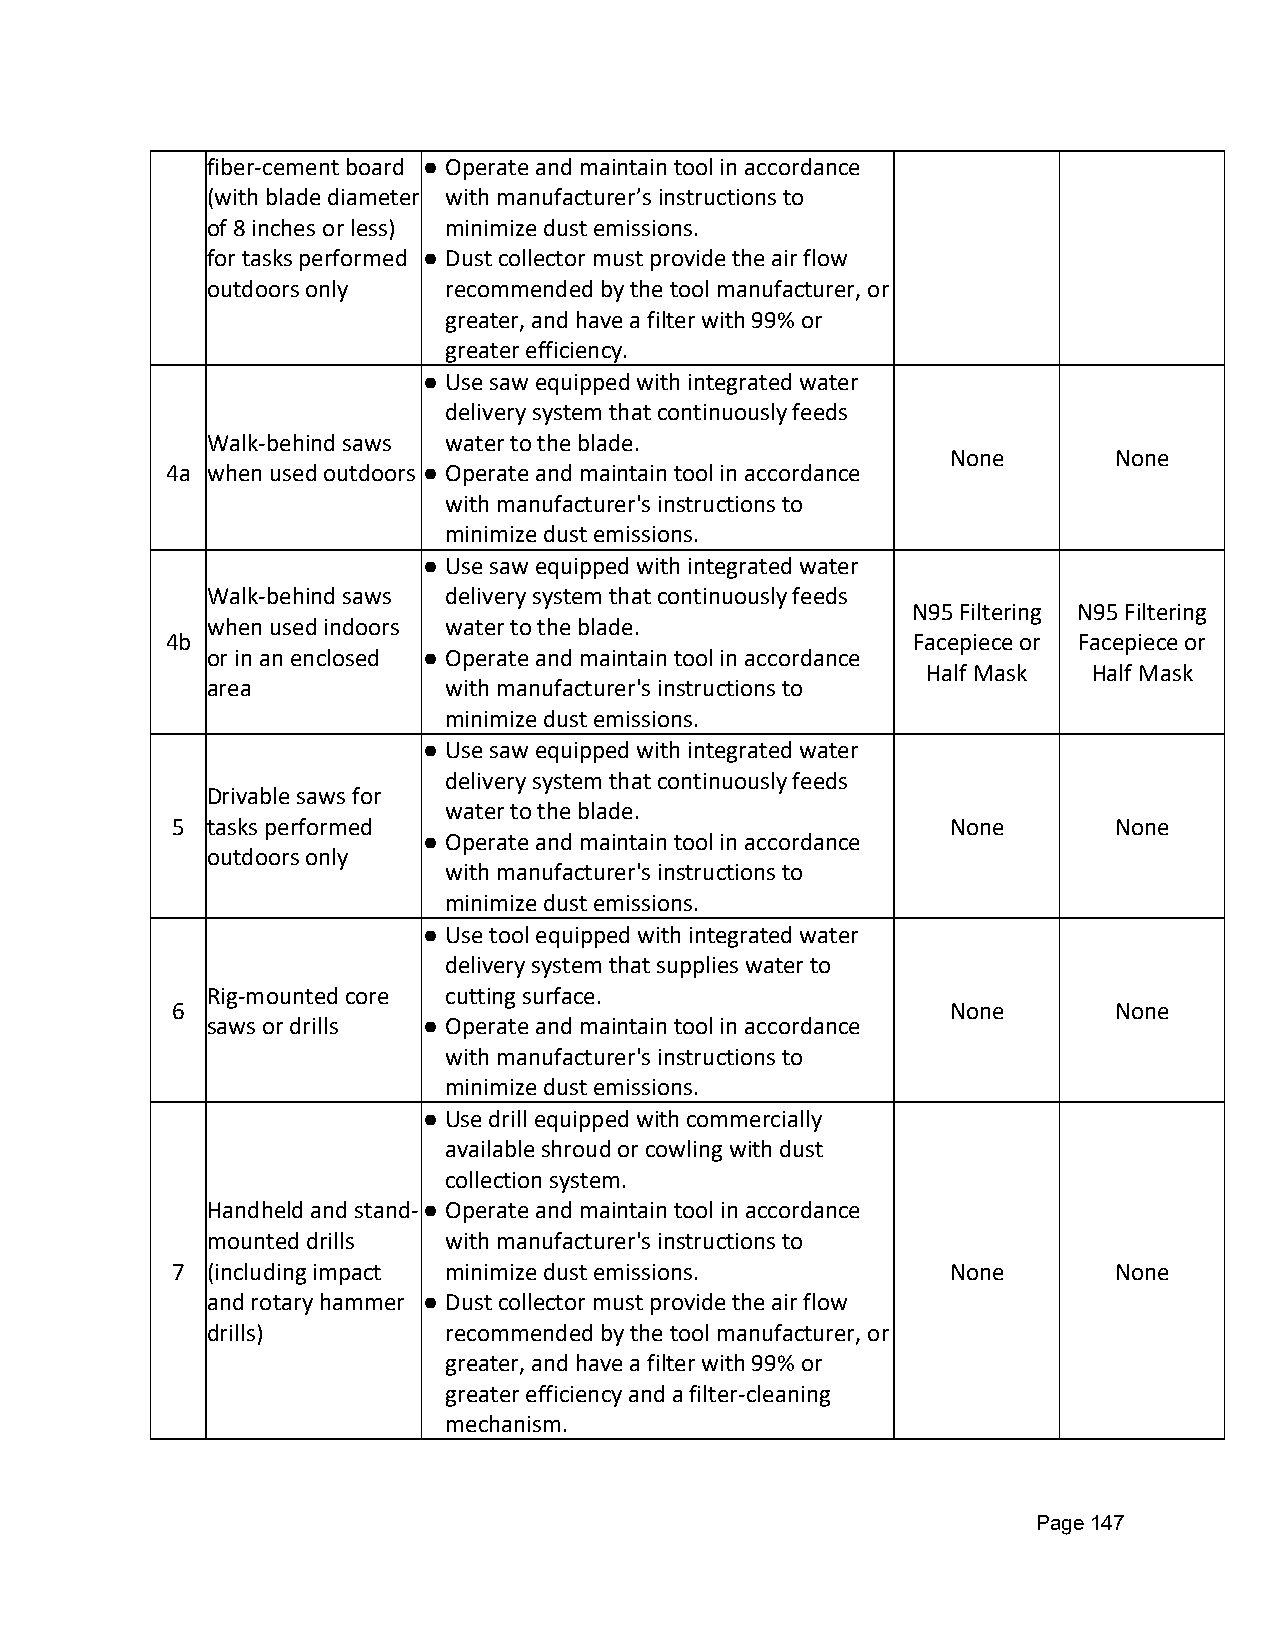
fiber-cement board ● Operate and maintain tool in accordance
 (with blade diameter with manufacturer’s instructions to
 of 8 inches or less) minimize dust emissions.
 for tasks performed ● Dust collector must provide the air flow
 outdoors only  recommended by the tool manufacturer, or
 greater, and have a filter with 99% or
 greater efficiency.
 ● Use saw equipped with integrated water
 delivery system that continuously feeds
 Walk-behind saws water to the blade.
 None       None
 4a when used outdoors ● Operate and maintain tool in accordance
 with manufacturer's instructions to
 minimize dust emissions.
 ● Use saw equipped with integrated water
 Walk-behind saws delivery system that continuously feeds
 N95 Filtering N95 Filtering
 when used indoors water to the blade.
 4b                                               Facepiece or Facepiece or
 or in an enclosed ● Operate and maintain tool in accordance
 Half Mask  Half Mask
 area           with manufacturer's instructions to
 minimize dust emissions.
 ● Use saw equipped with integrated water
 delivery system that continuously feeds
 Drivable saws for
 water to the blade.
 5  tasks performed                                  None       None
 ● Operate and maintain tool in accordance
 outdoors only
 with manufacturer's instructions to
 minimize dust emissions.
 ● Use tool equipped with integrated water
 delivery system that supplies water to
 Rig-mounted core cutting surface.
 6                                                   None       None
 saws or drills ● Operate and maintain tool in accordance
 with manufacturer's instructions to
 minimize dust emissions.
 ● Use drill equipped with commercially
 available shroud or cowling with dust
 collection system.
 Handheld and stand-● Operate and maintain tool in accordance
 mounted drills with manufacturer's instructions to
 7  (including impact minimize dust emissions.       None       None
 and rotary hammer ● Dust collector must provide the air flow
 drills)        recommended by the tool manufacturer, or
 greater, and have a filter with 99% or
 greater efficiency and a filter-cleaning
 mechanism.
 Page 147